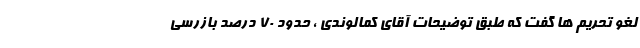
لغو تحریم ها گفت که طبق توضیحات آقای کمالوندی ، حدود ۷۰ درصد بازرسی